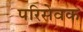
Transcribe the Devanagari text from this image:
परिसेवक